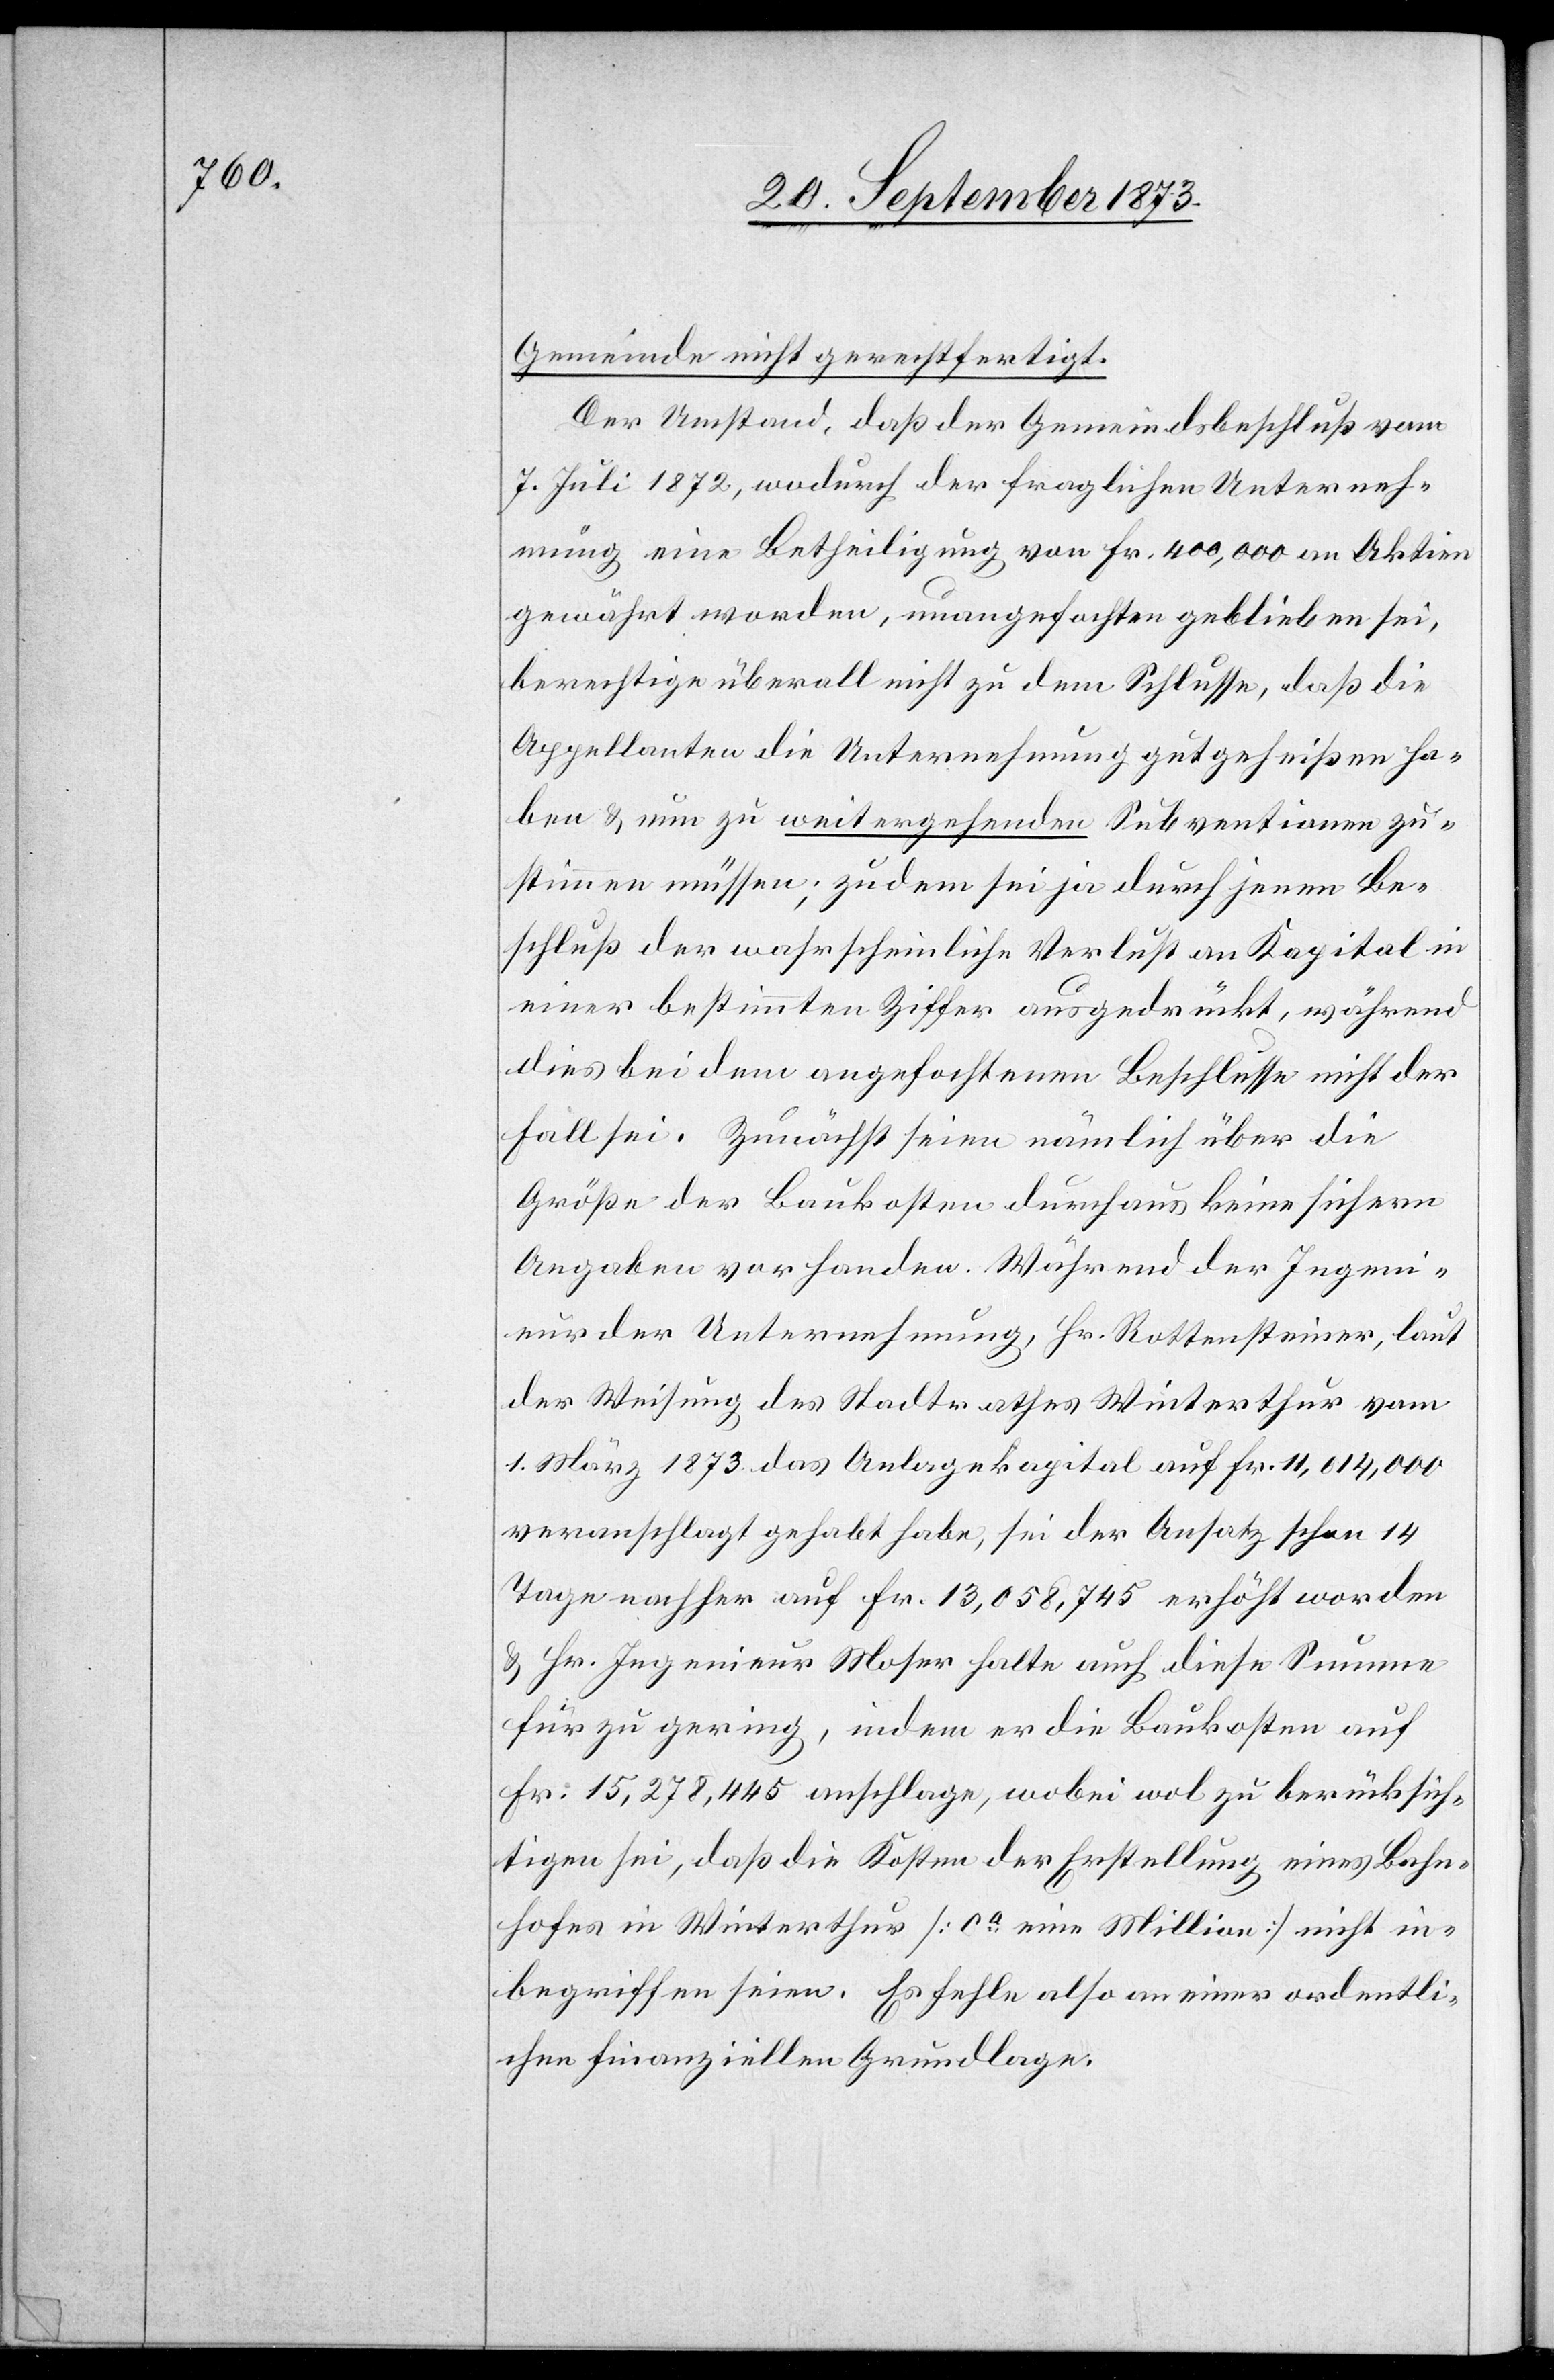
Gemeinde nicht gerechtfertigt.
Der Umstand, daß der Gemeindsbeschluß vom
7. Juli 1872, wodurch der fraglichen Unterneh¬
mung eine Betheiligung von Fr. 400,000 an Aktien
gewährt worden, unangefochten geblieben sei,
berechtige überall nicht zu dem Schlusse, daß die
Appellanten die Unternehmung gutgeheißen ha¬
ben & nun zu weitergehenden Subventionen zu¬
stimmen müssen; zudem sei ja durch jenen Be¬
schluß der wahrscheinliche Verlust an Kapital in
einer bestimmten Ziffer ausgedrückt, während
dies bei dem angefochtenen Beschlusse nicht der
Fall sei. Zunächst seien nämlich über die
Größe der Baukosten durchaus keine sichern
Angaben vorhanden. Während der Ingeni¬
eur der Unternehmung, Hr. Rottensteiner, laut
der Weisung des Stadtrathes Winterthur vom
1. März 1873 das Anlagekapital auf Fr. 11,014,000
veranschlagt gehabt habe, sei der Ansatz schon 14
Tage nachher auf Fr. 13,058,745 erhöht worden
& Hr. Ingenieur Moser halte auch diese Summe
für zu gering, indem er die Baukosten auf
Fr. 15,278,445 anschlage, wobei wol zu berücksich¬
tigen sei, daß die Kosten der Erstellung eines Bahn¬
hofes in Winterthur [ca eine Million] nicht in¬
begriffen seien. Es fehle also an einer ordentli¬
chen finanziellen Grundlage.